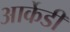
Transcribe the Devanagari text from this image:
आर्केडी